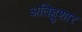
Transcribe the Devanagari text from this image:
अतिहुशार